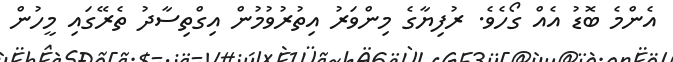
އެންމެ ބޮޑު އެއް ގޯހެވެ. ރުފިޔާގެ މިންވަރު އިތުރުވުމުން އިގްތިސާދު ތެރޭގައި މީހުން